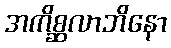
အကိစ္ဆလာဘိနော